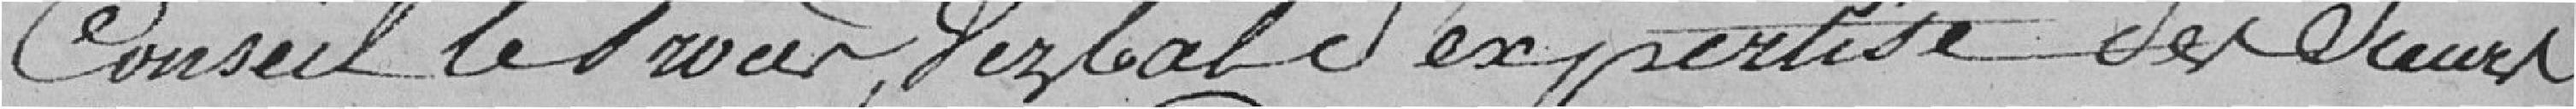
Conseil le Procès Verbal d'expertise des Sieurs